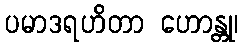
ပမာဒရဟိတာ ဟောန္တု၊